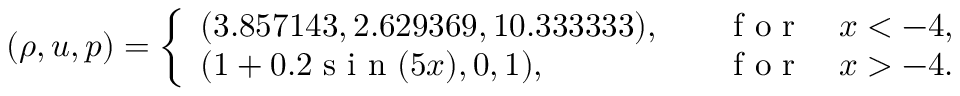
( \rho , u , p ) = \left\{ \begin{array} { l l } { ( 3 . 8 5 7 1 4 3 , 2 . 6 2 9 3 6 9 , 1 0 . 3 3 3 3 3 3 ) , \quad } & { \mathrm { ~ f ~ o ~ r ~ } \quad x < - 4 , } \\ { ( 1 + 0 . 2 \mathrm { ~ s ~ i ~ n ~ } ( 5 x ) , 0 , 1 ) , \quad } & { \mathrm { ~ f ~ o ~ r ~ } \quad x > - 4 . } \end{array} \right.